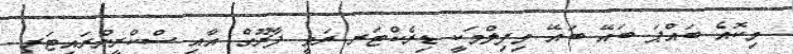
މިކޮއެ ބައްޕަ ބައޭ ބައޭ މިފިލްމަކީ ޑިރެކްޓަރ ރަވީ ފާރޫގް އާއި ސްކްރީންރައިޓަރ